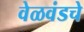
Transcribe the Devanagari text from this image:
वेळवंडचे